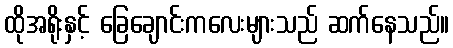
ထိုအရိုးနှင့် ခြေချောင်းကလေးများသည် ဆက်နေသည်။